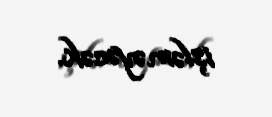
işləməyəcək.